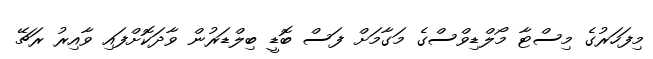
މިފަހަރުގެ މިސްޓާ މޯލްޑިވްސްގެ މަގާމަށް ފަސް ބޮޑީ ބިލްޑަރުން ވާދަކޮށްފައި ވާއިރު ރަޗޭ